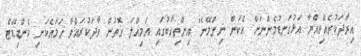
އިރާދަކުރެއްވިއްޔާ އަޅުގަނޑުމެންނަށް އެކަން ނިންމޭނެ" އިންތިހާބުގައި އަމިއްލަ ގޮތުން ވާދަކުރައްވާ ހަމައެކަނި ކެންޑިޑޭޓް